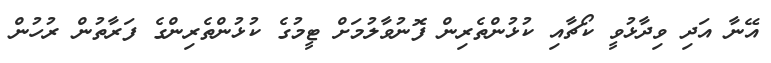
އޭނާ އަދި ވިދާޅުވީ ކޯޗާއި ކުޅުންތެރިން ފޮނުވާލުމަށް ޓީމުގެ ކުޅުންތެރިންގެ ފަރާތުން ރުހުން